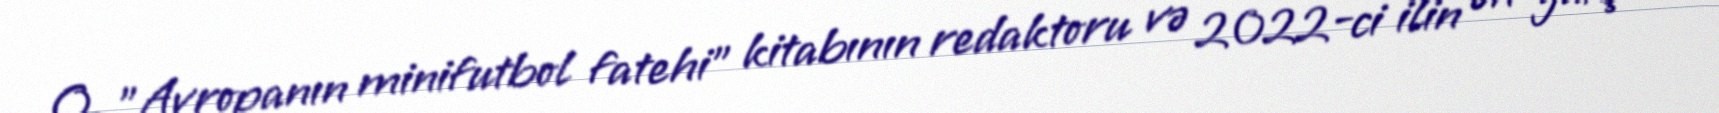
O, "Avropanın minifutbol fatehi" kitabının redaktoru və 2022-ci ilin ən yaxşı